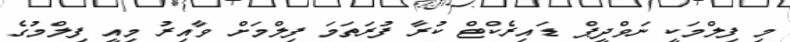
މި ފިލްމަކީ ނަވްދީޕް ޑައިރެކްޓް ކުރާ ފުރަތަމަ ފިލްމަށް ވާއިރު މިއީ ފިލްމުގެ